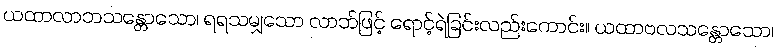
ယထာလာဘသန္တောသော၊ ရရသမျှသော လာဘ်ဖြင့် ရောင့်ရဲခြင်းလည်းကောင်း။ ယထာဗလသန္တောသော၊